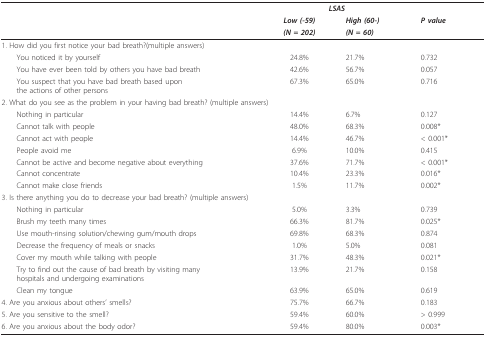
<table><thead><tr><td></td><td colspan="2"><b><i>LSAS</i></b></td><td></td></tr><tr><td></td><td><b><i>Low (-59)</i></b></td><td><b><i>High (60-)</i></b></td><td><b><i>P value</i></b></td></tr><tr><td></td><td><b><i>(N = 202)</i></b></td><td><b><i>(N = 60)</i></b></td><td></td></tr></thead><tbody><tr><td>1. How did you first notice your bad breath?(multiple answers)</td><td></td><td></td><td></td></tr><tr><td> You noticed it by yourself</td><td>24.8%</td><td>21.7%</td><td>0.732</td></tr><tr><td> You have ever been told by others you have bad breath</td><td>42.6%</td><td>56.7%</td><td>0.057</td></tr><tr><td> You suspect that you have bad breath based uponthe actions of other persons</td><td>67.3%</td><td>65.0%</td><td>0.716</td></tr><tr><td colspan="2">2. What do you see as the problem in your having bad breath? (multiple answers)</td><td></td><td></td></tr><tr><td> Nothing in particular</td><td>14.4%</td><td>6.7%</td><td>0.127</td></tr><tr><td> Cannot talk with people</td><td>48.0%</td><td>68.3%</td><td>0.008*</td></tr><tr><td> Cannot act with people</td><td>14.4%</td><td>46.7%</td><td>&lt; 0.001*</td></tr><tr><td> People avoid me</td><td>6.9%</td><td>10.0%</td><td>0.415</td></tr><tr><td> Cannot be active and become negative about everything</td><td>37.6%</td><td>71.7%</td><td>&lt; 0.001*</td></tr><tr><td> Cannot concentrate</td><td>10.4%</td><td>23.3%</td><td>0.016*</td></tr><tr><td> Cannot make close friends</td><td>1.5%</td><td>11.7%</td><td>0.002*</td></tr><tr><td colspan="2">3. Is there anything you do to decrease your bad breath? (multiple answers)</td><td></td><td></td></tr><tr><td> Nothing in particular</td><td>5.0%</td><td>3.3%</td><td>0.739</td></tr><tr><td> Brush my teeth many times</td><td>66.3%</td><td>81.7%</td><td>0.025*</td></tr><tr><td> Use mouth-rinsing solution/chewing gum/mouth drops</td><td>69.8%</td><td>68.3%</td><td>0.874</td></tr><tr><td> Decrease the frequency of meals or snacks</td><td>1.0%</td><td>5.0%</td><td>0.081</td></tr><tr><td> Cover my mouth while talking with people</td><td>31.7%</td><td>48.3%</td><td>0.021*</td></tr><tr><td> Try to find out the cause of bad breath by visiting manyhospitals and undergoing examinations</td><td>13.9%</td><td>21.7%</td><td>0.158</td></tr><tr><td> Clean my tongue</td><td>63.9%</td><td>65.0%</td><td>0.619</td></tr><tr><td>4. Are you anxious about others&#x27; smells?</td><td>75.7%</td><td>66.7%</td><td>0.183</td></tr><tr><td>5. Are you sensitive to the smell?</td><td>59.4%</td><td>60.0%</td><td>&gt; 0.999</td></tr><tr><td>6. Are you anxious about the body odor?</td><td>59.4%</td><td>80.0%</td><td>0.003*</td></tr></tbody></table>